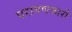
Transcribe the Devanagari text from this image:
परागणकारी